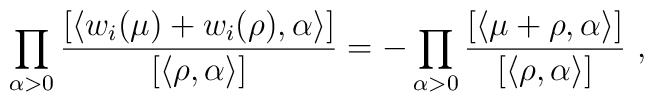
\prod_{\alpha>0}\frac{[\langle w_i(\mu)+w_i(\rho), \alpha\rangle]}{[\langle\rho,\alpha\rangle]}=-\prod_{\alpha>0}\frac{[\langle\mu+\rho, \alpha \rangle]}{[\langle\rho,\alpha\rangle]}~,